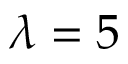
\lambda = 5